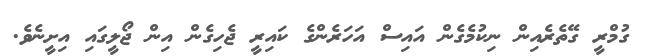
ގުމްރީ ގޭތެރެއިން ނިކުމެގެން އައިސް އަހަރެންގެ ކައިރީ ޖެހިގެން އިން ޖޯލީގައި އިށީނެވެ.